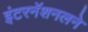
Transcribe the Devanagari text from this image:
इंटरनॅशनलने